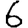
Digit: 6